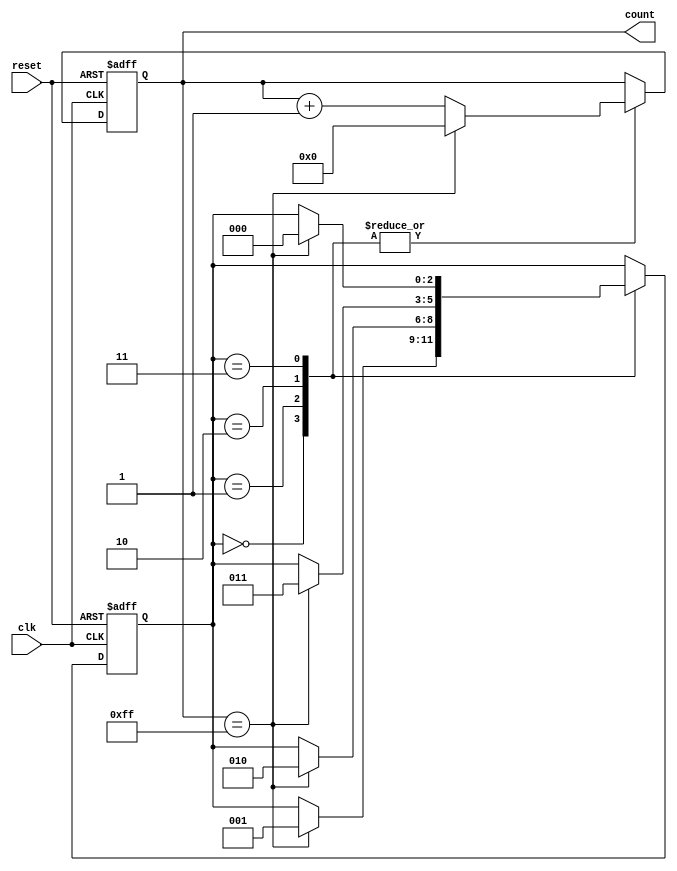
module CascadedCounter (
    input wire clk,
    input wire reset,
    output reg [7:0] count
);

reg [2:0] state;

always @ (posedge clk or posedge reset) begin
    if (reset) begin
        count <= 8'b0;
        state <= 3'b0;
    end else begin
        case (state)
            3'b000: begin
                if (count == 8'b11111111) begin
                    count <= 8'b0;
                    state <= 3'b001;
                end else begin
                    count <= count + 1;
                end
            end
            
            3'b001: begin
                if (count == 8'b11111111) begin
                    count <= 8'b0;
                    state <= 3'b010;
                end else begin
                    count <= count + 1;
                end
            end
            
            3'b010: begin
                if (count == 8'b11111111) begin
                    count <= 8'b0;
                    state <= 3'b011;
                end else begin
                    count <= count + 1;
                end
            end
            
            3'b011: begin
                if (count == 8'b11111111) begin
                    count <= 8'b0;
                    state <= 3'b000;
                end else begin
                    count <= count + 1;
                end
            end
        endcase
    end
end

endmodule